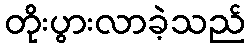
တိုးပွားလာခဲ့သည်